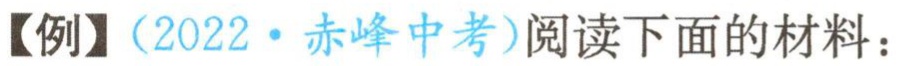
【例】（2022·赤峰中考）阅读下面的材料：